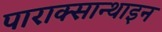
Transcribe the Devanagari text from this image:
पाराक्सान्थाइन